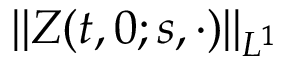
\| Z ( t , 0 ; s , \cdot ) \| _ { L ^ { 1 } }